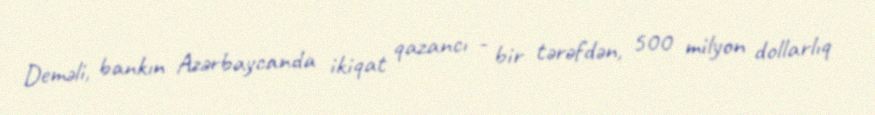
Deməli, bankın Azərbaycanda ikiqat qazancı - bir tərəfdən, 500 milyon dollarlıq